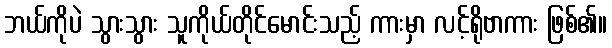
ဘယ်ကိုပဲ သွားသွား သူကိုယ်တိုင်မောင်းသည့် ကားမှာ လင့်ရိုဗာကား ဖြစ်၏။